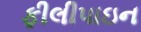
ફીલીપાઇન